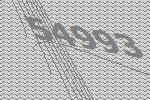
54993